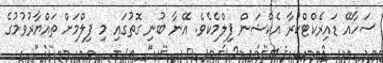
ސަހާއޭ ޑައިރެކްޓްކުރާ އެކްޝަން ފިލްމެކެވެ. އޭނާ ބުނި ގޮތުގައި މި ފިލްމަށް ތައްޔާރުވުމުގެ